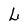
Character: L